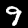
Digit: 9